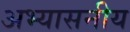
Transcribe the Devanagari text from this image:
अभ्यासनीय